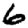
Digit: 6